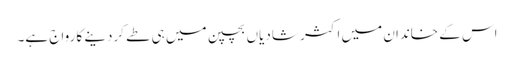
اس کے خاندان میں اکثر شادیاں بچپن میں ہی طے کردینے کا رواج ہے۔